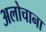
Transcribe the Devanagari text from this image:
अलोचाना